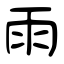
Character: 雨